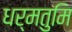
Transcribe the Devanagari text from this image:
धर्मतुमि